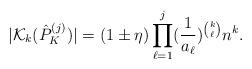
LaTeX: \begin{align*}|\mathcal{K}_k(\hat{P}^{(j)}_K)|= (1\pm \eta) \prod \limits_{\ell=1}^j (\frac{1}{a_{\ell}})^{\binom{k}{\ell}} n^k.\end{align*}